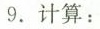
9.计算: